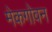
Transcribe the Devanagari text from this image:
मेकगोवन